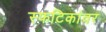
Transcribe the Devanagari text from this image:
स्फटिकांवर